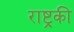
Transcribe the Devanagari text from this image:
राष्ट्रकी